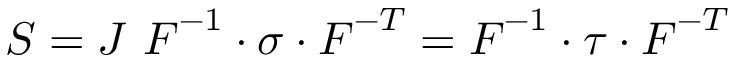
{ \boldsymbol { S } } = J ~ { \boldsymbol { F } } ^ { - 1 } \cdot { \boldsymbol { \sigma } } \cdot { \boldsymbol { F } } ^ { - T } = { \boldsymbol { F } } ^ { - 1 } \cdot { \boldsymbol { \tau } } \cdot { \boldsymbol { F } } ^ { - T }